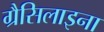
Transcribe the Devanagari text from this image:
ग्रैसिलाइना